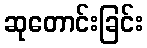
ဆုတောင်းခြင်း